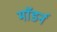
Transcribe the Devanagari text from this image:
माॅडर्न